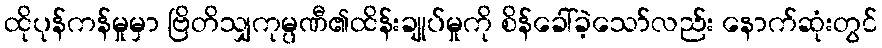
ထိုပုန်ကန်မှုမှာ ဗြိတိသျှကုမ္ပဏီ၏ထိန်းချုပ်မှုကို စိန်ခေါ်ခဲ့သော်လည်း နောက်ဆုံးတွင်